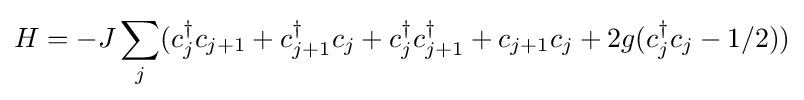
H=-J\sum _{j}(c_{j}^{\dagger }c_{j+1}+c_{j+1}^{\dagger }c_{j}+c_{j}^{\dagger }c_{j+1}^{\dagger }+c_{j+1}c_{j}+2g(c_{j}^{\dagger }c_{j}-1/2))